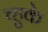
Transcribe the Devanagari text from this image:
च्हुके